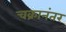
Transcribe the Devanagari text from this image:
चक्रानंतर